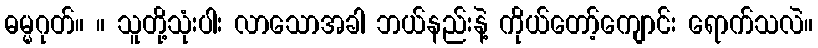
ဓမ္မဂုတ်။ ။ သူတို့သုံးပါး လာသောအခါ ဘယ်နည်းနဲ့ ကိုယ်တော့်ကျောင်း ရောက်သလဲ။